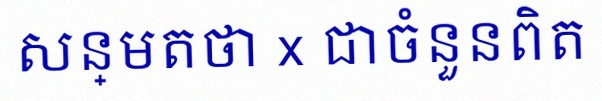
សន្មតថា x ជាចំនួនពិត